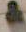
&